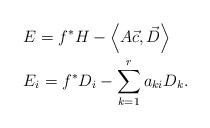
LaTeX: \begin{align*}&E=f^{*}H-\left<A\vec{c},\vec{D}\right>\\&E_{i}=f^{*}D_{i}-\sum_{k=1}^{r}a_{ki}D_{k}.\end{align*}